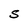
Character: S